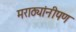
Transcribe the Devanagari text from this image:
मराठ्यांनीपण